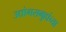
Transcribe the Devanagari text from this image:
उद्योगसमुहांच्या